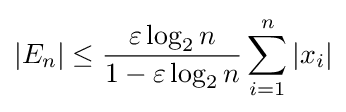
|E_{n}|\leq {\frac {\varepsilon \log _{2}n}{1-\varepsilon \log _{2}n}}\sum _{i=1}^{n}|x_{i}|